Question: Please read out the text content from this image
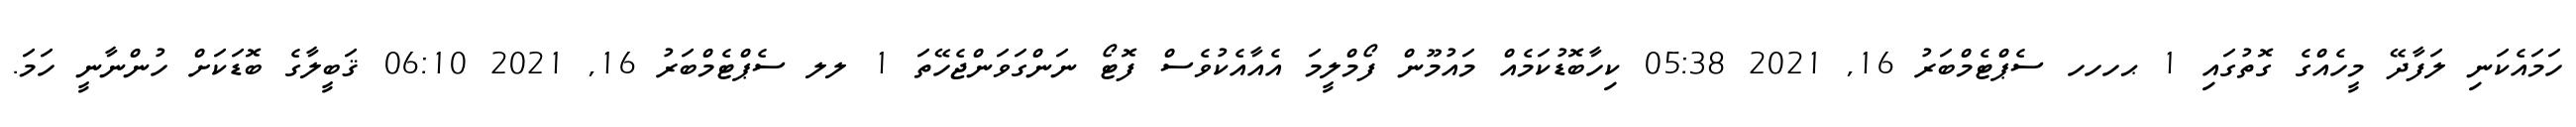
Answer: ހަމައެކަނި ލަފާދޭ މީހެއްގެ ގޮތުގައި 1 ޙހހހ ސެޕްޓެމްބަރު 16, 2021 05:38 ކިހާބޮޑުކަމެއް މައުމޫން ފޯމްލީމަ އެއާއެކުވެސް ފޮޓޯ ނަންގަވަންޖެހޭތަ 1 ލލ ސެޕްޓެމްބަރު 16, 2021 06:10 ޤަބީލާގެ ބޮޑަކަށް ހުންނާނީ ހަމަ.